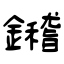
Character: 鑙